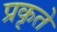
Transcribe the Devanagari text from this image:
प्रकृते